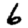
Digit: 6